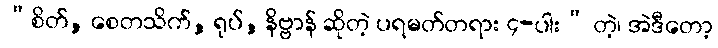
“စိတ်, စေတသိက်, ရုပ်, နိဗ္ဗာန် ဆိုတဲ့ ပရမတ်တရား ၄-ပါး” တဲ့၊ အဲဒီတော့